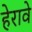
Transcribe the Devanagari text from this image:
हेरावे